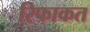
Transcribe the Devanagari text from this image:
रिफाकत